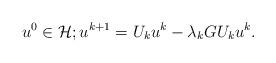
LaTeX: \begin{align*}u^0\in\mathcal{H}; u^{k+1}=U_{k}u^{k}-\lambda _{k}GU_{k}u^{k}.\end{align*}